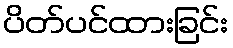
ပိတ်ပင်ထားခြင်း